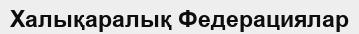
Халықаралық Федерациялар